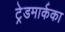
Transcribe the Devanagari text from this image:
ट्रेडमार्कका